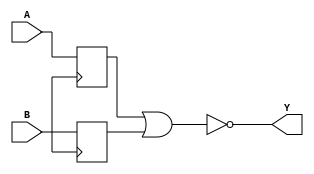
module nor_gate_delay (
    input wire A,
    input wire B,
    output reg Y
);

reg delayed_A, delayed_B;

always @(posedge clk) begin
    delayed_A <= A;
    delayed_B <= B;
end

assign Y = ~(delayed_A | delayed_B);

endmodule